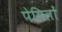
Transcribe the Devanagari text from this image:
पेसिलों